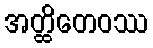
အတ္ထိတေဝဿ